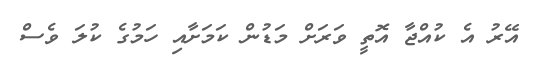
އޭރު އެ ކުއްޖާ އޮތީ ވަރަށް މަޑުން ކަމަށާއި ހަމުގެ ކުލަ ވެސް